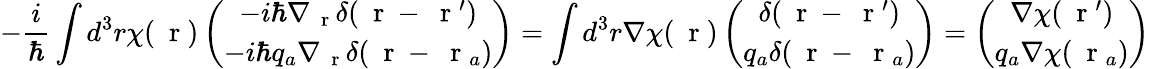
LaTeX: -\frac{i}{\hbar}\int d^{3}r\chi(\mathrm{~\mathbf~r~})\left(\begin{array}{c}{-i\hbar\nabla_{\mathrm{~\mathbf~r~}}\delta(\mathrm{~\mathbf~r~}-\mathrm{~\mathbf~r~}^{\prime})}\\ {-i\hbar q_{a}\nabla_{\mathrm{~\mathbf~r~}}\delta(\mathrm{~\mathbf~r~}-\mathrm{~\mathbf~r~}_{a})}\end{array}\right)=\int d^{3}r\nabla\chi(\mathrm{~\mathbf~r~})\left(\begin{array}{c}{\delta(\mathrm{~\mathbf~r~}-\mathrm{~\mathbf~r~}^{\prime})}\\ {q_{a}\delta(\mathrm{~\mathbf~r~}-\mathrm{~\mathbf~r~}_{a})}\end{array}\right)=\left(\begin{array}{c}{\nabla\chi(\mathrm{~\mathbf~r~}^{\prime})}\\ {q_{a}\nabla\chi(\mathrm{~\mathbf~r~}_{a})}\end{array}\right)